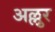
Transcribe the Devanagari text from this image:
अल्लुर